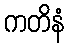
ကတိနံ